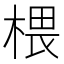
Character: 椳